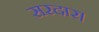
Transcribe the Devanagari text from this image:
सरदार।